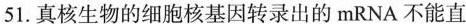
51.真核生物的细胞核基因转录出的mRNA不能直